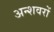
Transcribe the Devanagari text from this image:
अन्शवरों